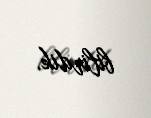
bilirdik.